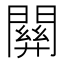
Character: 𨵿